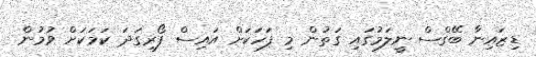
ޑިޒައިނާ ބޭގްސް ނީލަމުގައި ގަތުން މި ފަހަކަށް އައިސް ފޯރިގަދަ ކަމަކަށް ވުމުން